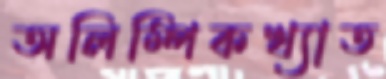
অলিম্পিকখ্যাত